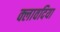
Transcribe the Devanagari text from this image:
क्लावदिया